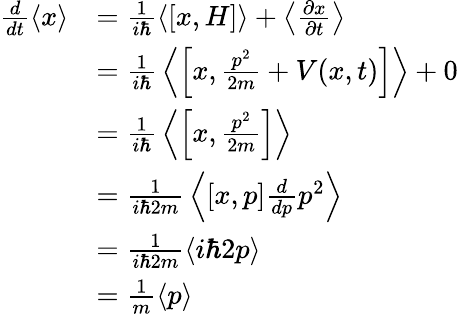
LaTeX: {\begin{array}{rl}{{\frac{d}{dt}}\langle x\rangle}&{={\frac{1}{i\hbar}}\langle[x,H]\rangle+\left\langle{\frac{\partial x}{\partial t}}\right\rangle}\\ &{={\frac{1}{i\hbar}}\left\langle\left[x,{\frac{p^{2}}{2m}}+V(x,t)\right]\right\rangle+0}\\ &{={\frac{1}{i\hbar}}\left\langle\left[x,{\frac{p^{2}}{2m}}\right]\right\rangle}\\ &{={\frac{1}{i\hbar 2m}}\left\langle[x,p]{\frac{d}{dp}}p^{2}\right\rangle}\\ &{={\frac{1}{i\hbar 2m}}\langle i\hbar 2p\rangle}\\ &{={\frac{1}{m}}\langle p\rangle}\end{array}}